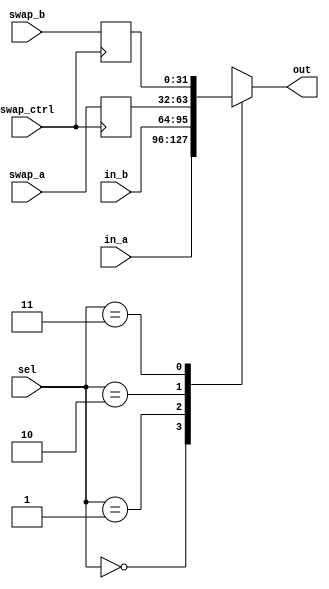
// ECE:3350 SISC processor project
// 32-bit mux

`timescale 1ns/100ps

module mux32 (swap_ctrl,in_a, in_b, swap_a, swap_b, sel, out);

  /*
   *  32-BIT MULTIPLEXER - mux32.v
   *
   *  Inputs:
   *   - in_a (32 bits): First input to multiplexer. Selected when sel = 0.
   *   - in_b (32 bits): Second input. Selected when sel = 1.
   *   - sel: Selects which input propagates to output.
   *
   *  Outputs:
   *   - out (32 bits): Multiplexer output.
   *
   */
  input swap_ctrl;
  input  [31:0] in_a;
  input  [31:0] in_b;
  input  [31:0] swap_a;
  input  [31:0] swap_b;
  input  [1:0]  sel;
  output [31:0] out;
  reg [31:0] regA_value;
  reg [31:0] regB_value;
  reg   [31:0] outreg;

  always@(posedge swap_ctrl) begin
	regA_value = swap_a;
	regB_value = swap_b;

  end
   
  always @ (in_a, in_b, sel)
  begin
	$display("regA_value =", regA_value);
	$display("regB_value =", regB_value);
    case (sel)
	0: begin
		outreg = in_a;
	end
	1: begin
		outreg = in_b;
	end
	2: begin
		outreg = regA_value;
	end
	3: begin
		outreg = regB_value;
	end
    endcase
  end

  assign out = outreg;

endmodule